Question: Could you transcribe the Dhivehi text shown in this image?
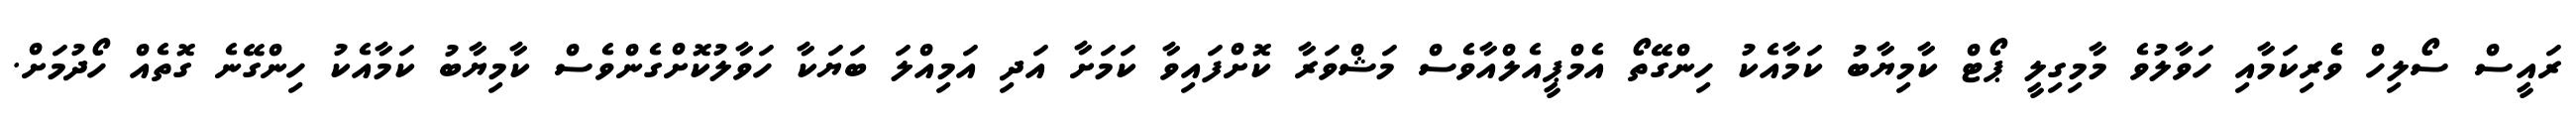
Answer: ރައީސް ސޯލިހް ވެެރިކަމާއި ހަވާލުވެ މާމިގިލީ ޕޯޓް ކާމިޔާބު ކަމާއެކު ހިންގޭތޯ އެމްޕީއެލްއާވެސް މަޝްވަރާ ކޮށްފައިވާ ކަމަށާ އަދި އަމިއްލަ ބަޔަކާ ހަވާލުކޮށްގެންވެސް ކާމިޔާބު ކަމާއެކު ހިންގޭނެ ގޮތެއް ހޯދުމަށް.